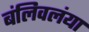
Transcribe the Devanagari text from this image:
बंलिवलंया